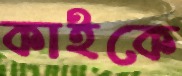
কাইকে